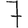
Digit: 7